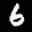
Label: 6